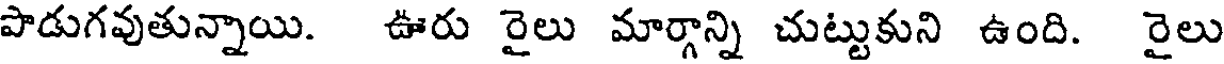
పాడుగవుతున్నాయి. ఊరు రైలు మార్గాన్ని చుట్టుకుని ఉంది. రైలు